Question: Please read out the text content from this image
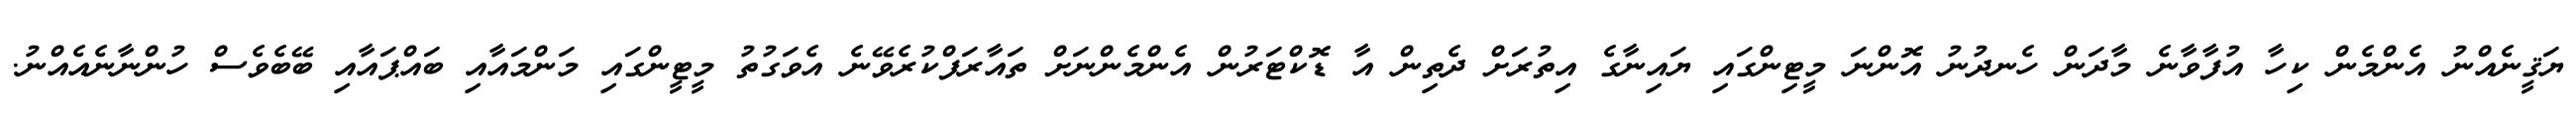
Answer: ޔަޤީނެއްނު އެންމެން ކިހާ އުފާވާނެ މާދަން ހެނދުނު އޮންނަ މީޓިންގައި ޔައިނާގެ އިތުރަށް ދެތިން އާ ޑޮކްޓަރުން އެންމެންނަށް ތައާރަފްކުރެވޭނެ އެވަގުތު މީޓީންގައި މަންމައާއި ބައްޕައާއި ބޭބެވެސް ހުންނާނެއެއްނު.